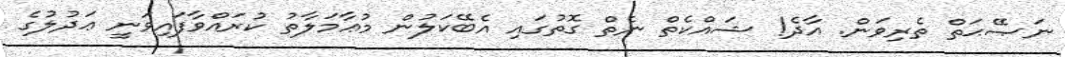
ނަޞޭޙަތް ތެރިވަން. އާދެ! ޝައްކެތް ނެތް ގޮތުގައި އެބޭކަލުން މުޢާމަލާތު ކުރައްވާފައިވަނީ ޢަދުލުގެ